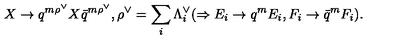
X \to q ^ { m { \rho } ^ { \vee } } X { \bar { q } } ^ { m { \rho } ^ { \vee } } , { \rho } ^ { \vee } = \sum _ { i } { \Lambda } _ { i } ^ { \vee } ( \Rightarrow E _ { i } \to q ^ { m } E _ { i } , F _ { i } \to { \bar { q } } ^ { m } F _ { i } ) .